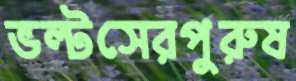
ভল্টসেরপুরুষ